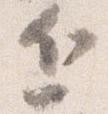
近